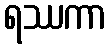
ရဿကာ